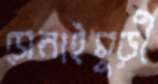
সেনাইমুড়ী